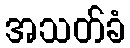
အသတ်ခံ